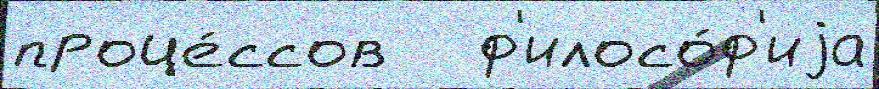
проце́ссов   ф'илосо́ф'иjа